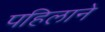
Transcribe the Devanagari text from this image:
पहिलाने